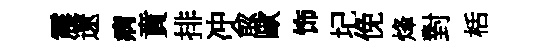
震遼病賁排冲兪歐饰圮俛烽對栝